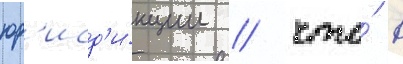
юр'исд'и́кции / что́ в